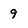
Character: 9